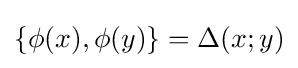
\{\phi (x),\phi (y)\}=\Delta (x;y)